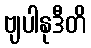
ဗျပါနုဒီတိ